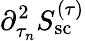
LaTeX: {\partial_{\tau_{n}}^{2}S_{\mathrm{sc}}^{(\tau)}}